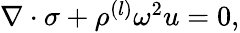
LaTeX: \begin{array}{r}{\nabla\cdot\sigma+\rho^{(l)}\omega^{2}u=0,}\end{array}